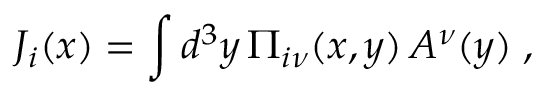
J _ { i } ( x ) = \int d ^ { 3 } y \, \Pi _ { i \nu } ( x , y ) \, { \cal A } ^ { \nu } ( y ) \; ,